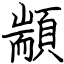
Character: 顓